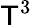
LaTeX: \mathsf{T}^{3}